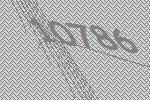
10786